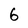
Character: 6